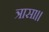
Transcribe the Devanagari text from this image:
त्रासा।।